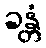
ခန္တံ